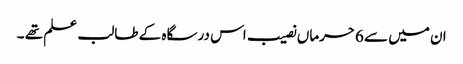
ان میں سے 6حرماں نصیب اس درسگاہ کے طالب علم تھے ۔